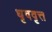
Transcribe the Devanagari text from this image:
धृववृत्त